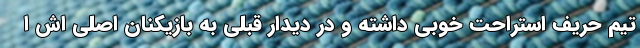
تیم حریف استراحت خوبی داشته و در دیدار قبلی به بازیکنان اصلی اش ا